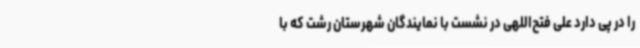
را در پی دارد علی فتح‌اللهی در نشست با نمایندگان شهرستان رشت که با